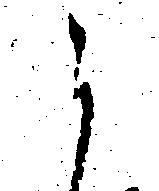
ら